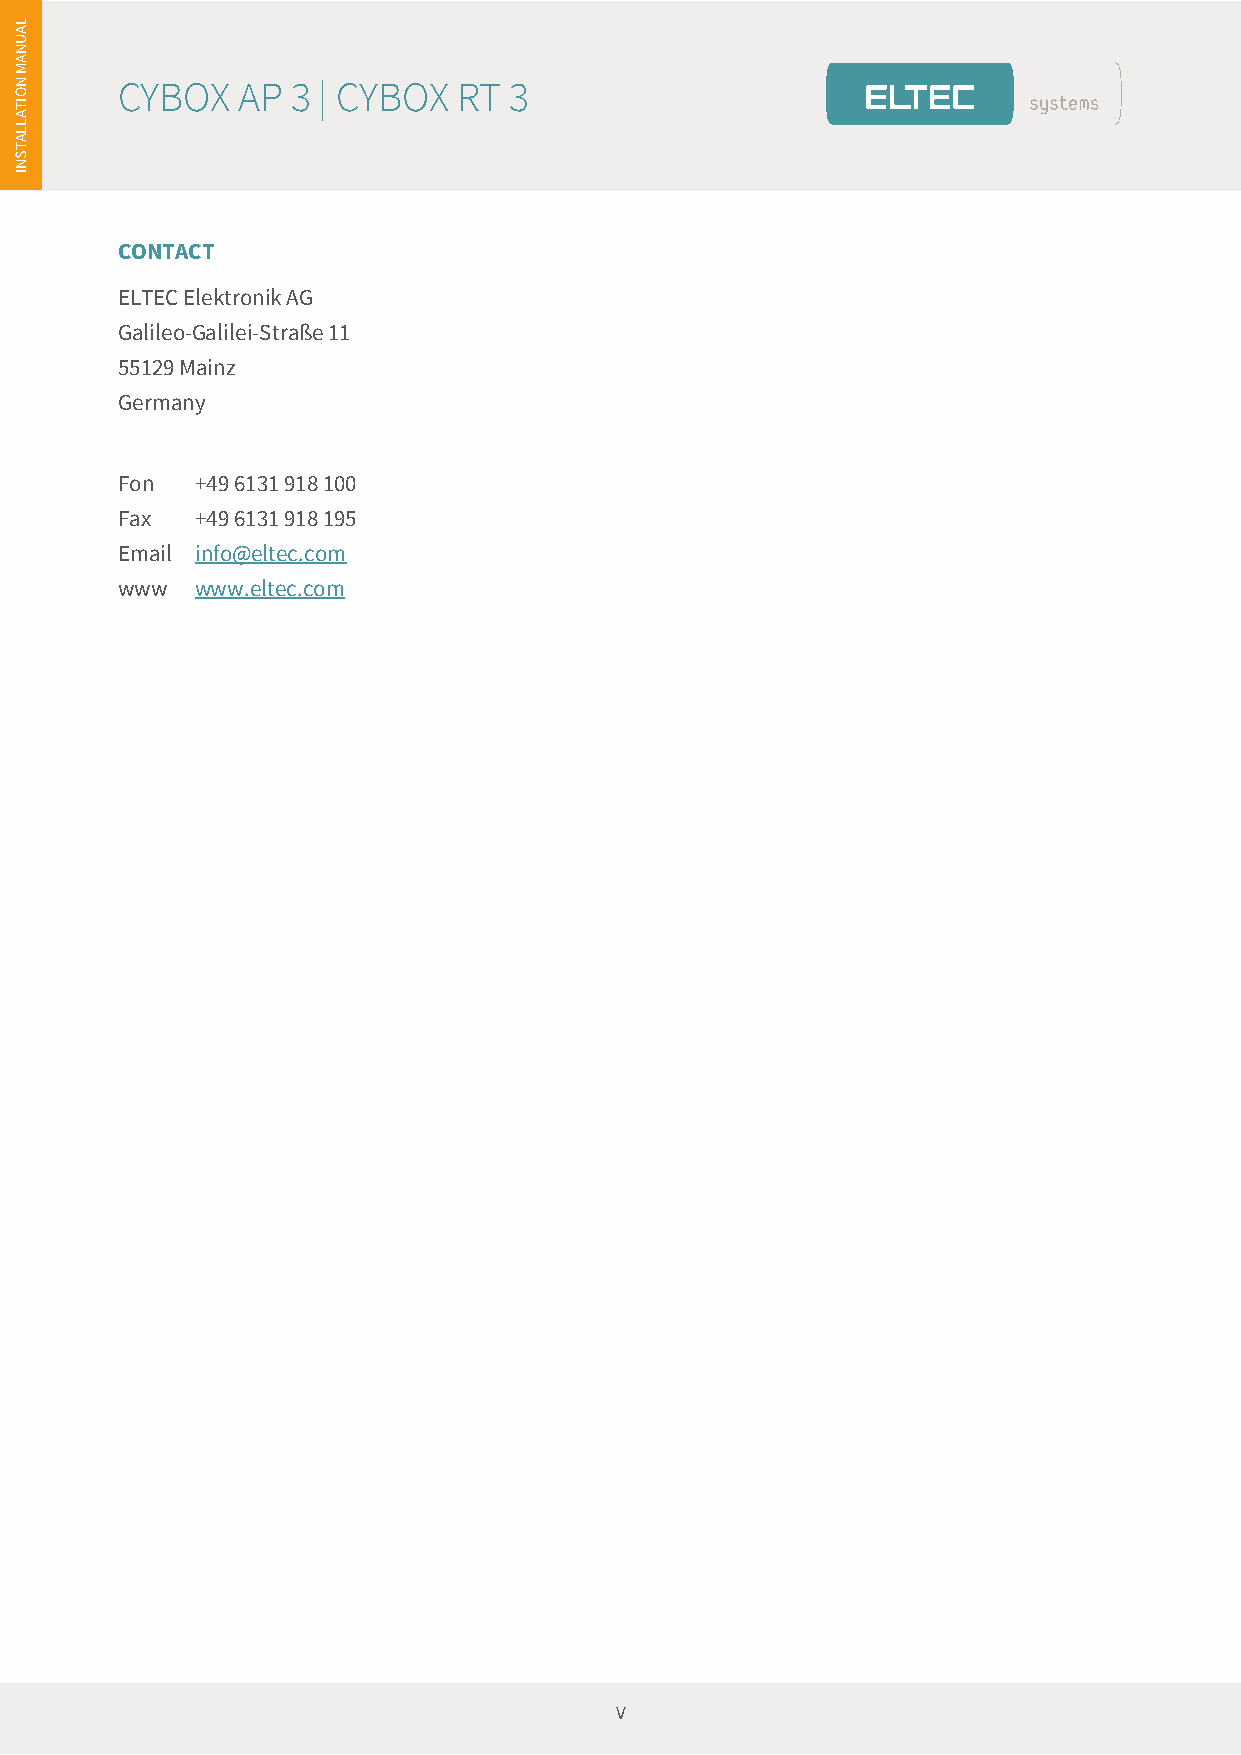
es
 L
 A
 U
 N
 A
 N
 M
 CYBOX   AP 3 | CYBOX  RT  3
 O
 TI
 A
 L
 L
 A
 T
 S
 N
 I
 CONTACT
 ELTEC Elektronik AG
 Galileo-Galilei-Straße 11
 55129 Mainz
 Germany
 Fon  +49 6131 918 100
 Fax  +49 6131 918 195
 Email info@eltec.com
 www  www.eltec.com
 V